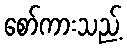
စော်ကားသည့်